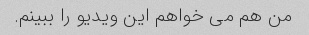
من هم می خواهم این ویدیو را ببینم.